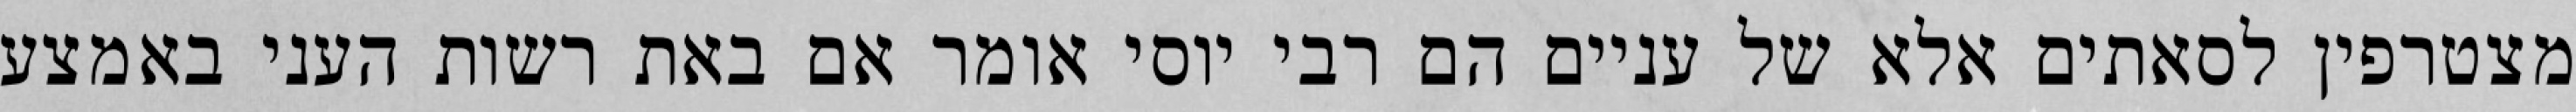
מצטרפין לסאתים אלא של עניים הם רבי יוסי אומר אם באת רשות העני באמצע